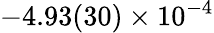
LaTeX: -4.93(30)\times 10^{-4}